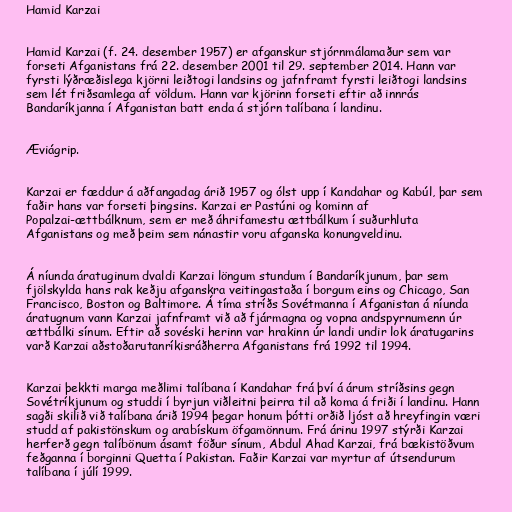
Hamid Karzai

Hamid Karzai (f. 24. desember 1957) er afganskur stjórnmálamaður sem var
forseti Afganistans frá 22. desember 2001 til 29. september 2014. Hann var
fyrsti lýðræðislega kjörni leiðtogi landsins og jafnframt fyrsti leiðtogi landsins
sem lét friðsamlega af völdum. Hann var kjörinn forseti eftir að innrás
Bandaríkjanna í Afganistan batt enda á stjórn talíbana í landinu.

Æviágrip.

Karzai er fæddur á aðfangadag árið 1957 og ólst upp í Kandahar og Kabúl, þar sem
faðir hans var forseti þingsins. Karzai er Pastúni og kominn af
Popalzai-ættbálknum, sem er með áhrifamestu ættbálkum í suðurhluta
Afganistans og með þeim sem nánastir voru afganska konungveldinu.

Á níunda áratuginum dvaldi Karzai löngum stundum í Bandaríkjunum, þar sem
fjölskylda hans rak keðju afganskra veitingastaða í borgum eins og Chicago, San
Francisco, Boston og Baltimore. Á tíma stríðs Sovétmanna í Afganistan á níunda
áratugnum vann Karzai jafnframt við að fjármagna og vopna andspyrnumenn úr
ættbálki sínum. Eftir að sovéski herinn var hrakinn úr landi undir lok áratugarins
varð Karzai aðstoðarutanríkisráðherra Afganistans frá 1992 til 1994.

Karzai þekkti marga meðlimi talíbana í Kandahar frá því á árum stríðsins gegn
Sovétríkjunum og studdi í byrjun viðleitni þeirra til að koma á friði í landinu. Hann
sagði skilið við talíbana árið 1994 þegar honum þótti orðið ljóst að hreyfingin væri
studd af pakistönskum og arabískum öfgamönnum. Frá árinu 1997 stýrði Karzai
herferð gegn talíbönum ásamt föður sínum, Abdul Ahad Karzai, frá bækistöðvum
feðganna í borginni Quetta í Pakistan. Faðir Karzai var myrtur af útsendurum
talíbana í júlí 1999.